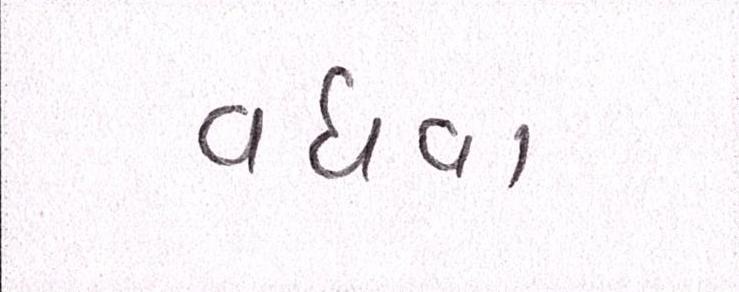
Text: વધવા